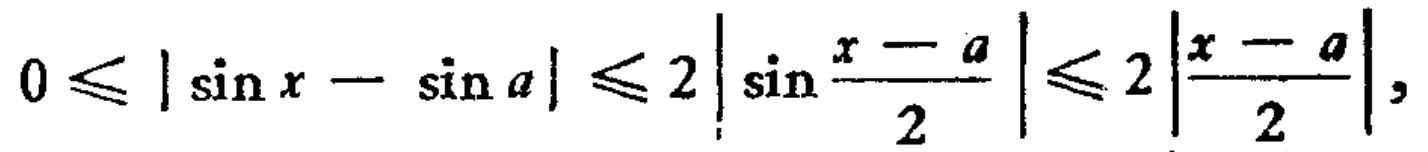
$0\leqslant|\sin x - \sin a|\leqslant 2\left|\sin\frac{x - a}{2}\right|\leqslant 2\left|\frac{x - a}{2}\right|,$